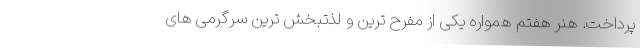
پرداخت. هنر هفتم همواره یکی از مفرح ترین و لذتبخش ترین سرگرمی های